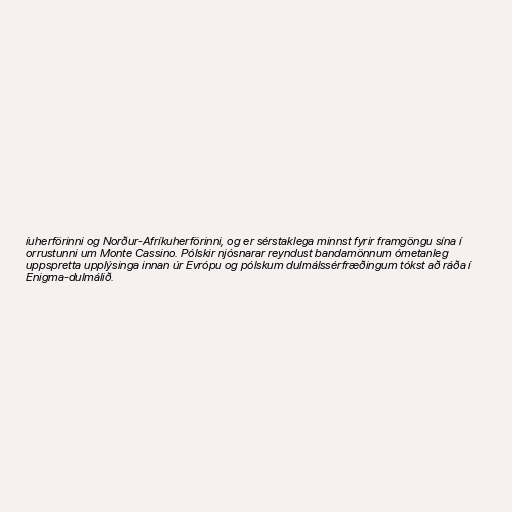
íuherförinni og Norður-Afríkuherförinni, og er sérstaklega minnst fyrir framgöngu sína í
orrustunni um Monte Cassino. Pólskir njósnarar reyndust bandamönnum ómetanleg
uppspretta upplýsinga innan úr Evrópu og pólskum dulmálssérfræðingum tókst að ráða í
Enigma-dulmálið.